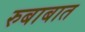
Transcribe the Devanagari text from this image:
रुबाबात